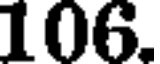
106.